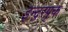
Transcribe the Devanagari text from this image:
इन्द्रस्पृक